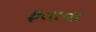
ફતાવા